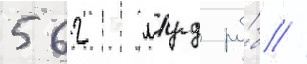
562 млрд ру́б //